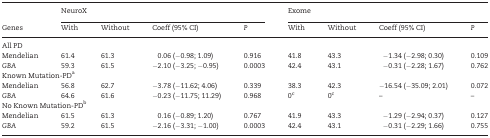
<table><thead><tr><td></td><td colspan="4"><b>NeuroX</b></td><td colspan="4"><b>Exome</b></td></tr><tr><td><b>Genes</b></td><td><b>With</b></td><td><b>Without</b></td><td><b>Coeff (95% CI)</b></td><td><b><i>P</i></b></td><td><b>With</b></td><td><b>Without</b></td><td><b>Coeff (95% CI)</b></td><td><b><i>P</i></b></td></tr></thead><tbody><tr><td colspan="9">All PD</td></tr><tr><td>Mendelian</td><td>61.4</td><td>61.3</td><td>0.06 (−0.98; 1.09)</td><td>0.916</td><td>41.8</td><td>43.3</td><td>−1.34 (−2.98; 0.30)</td><td>0.109</td></tr><tr><td><i>GBA</i></td><td>59.3</td><td>61.5</td><td>−2.10 (−3.25; −0.95)</td><td>0.0003</td><td>42.4</td><td>43.1</td><td>−0.31 (−2.28; 1.67)</td><td>0.762</td></tr><tr><td colspan="9">Known Mutation-PD<sup>a</sup></td></tr><tr><td>Mendelian</td><td>56.8</td><td>62.7</td><td>−3.78 (−11.62; 4.06)</td><td>0.339</td><td>38.3</td><td>42.3</td><td>−16.54 (−35.09; 2.01)</td><td>0.072</td></tr><tr><td><i>GBA</i></td><td>64.6</td><td>61.6</td><td>−0.23 (−11.75; 11.29)</td><td>0.968</td><td>0<sup>c</sup></td><td>0<sup>c</sup></td><td>–</td><td>–</td></tr><tr><td colspan="9">No Known Mutation-PD<sup>b</sup></td></tr><tr><td>Mendelian</td><td>61.5</td><td>61.3</td><td>0.16 (−0.89; 1.20)</td><td>0.767</td><td>41.9</td><td>43.3</td><td>−1.29 (−2.94; 0.37)</td><td>0.127</td></tr><tr><td><i>GBA</i></td><td>59.2</td><td>61.5</td><td>−2.16 (−3.31; −1.00)</td><td>0.0003</td><td>42.4</td><td>43.1</td><td>−0.31 (−2.29; 1.66)</td><td>0.755</td></tr></tbody></table>